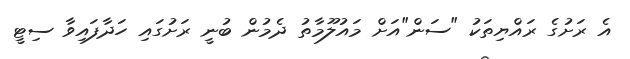
އެ ރަށުގެ ރައްޔިތަކު "ސަން"އަށް މައުލޫމާތު ދެމުން ބުނީ ރަށުގައި ހަދާފައިވާ ސިޓީ